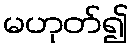
မဟုတ်၍